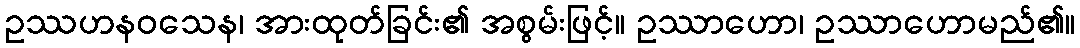
ဥဿဟနဝသေန၊ အားထုတ်ခြင်း၏ အစွမ်းဖြင့်။ ဥဿာဟော၊ ဥဿာဟောမည်၏။